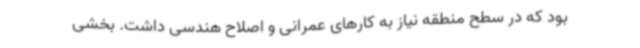
بود که در سطح منطقه نیاز به کارهای عمرانی و اصلاح هندسی داشت. بخشی